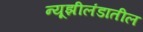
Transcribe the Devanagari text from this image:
न्यूझीलंडातील